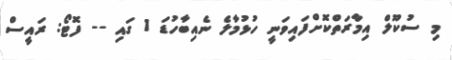
މި ސުކޫލް އިމާރަތްކޮށްފައިވަނީ ހުޅުމާލެ ނެއިބާހުޑަ 1 ގައި -- ފޮޓޯ: ރައީސް